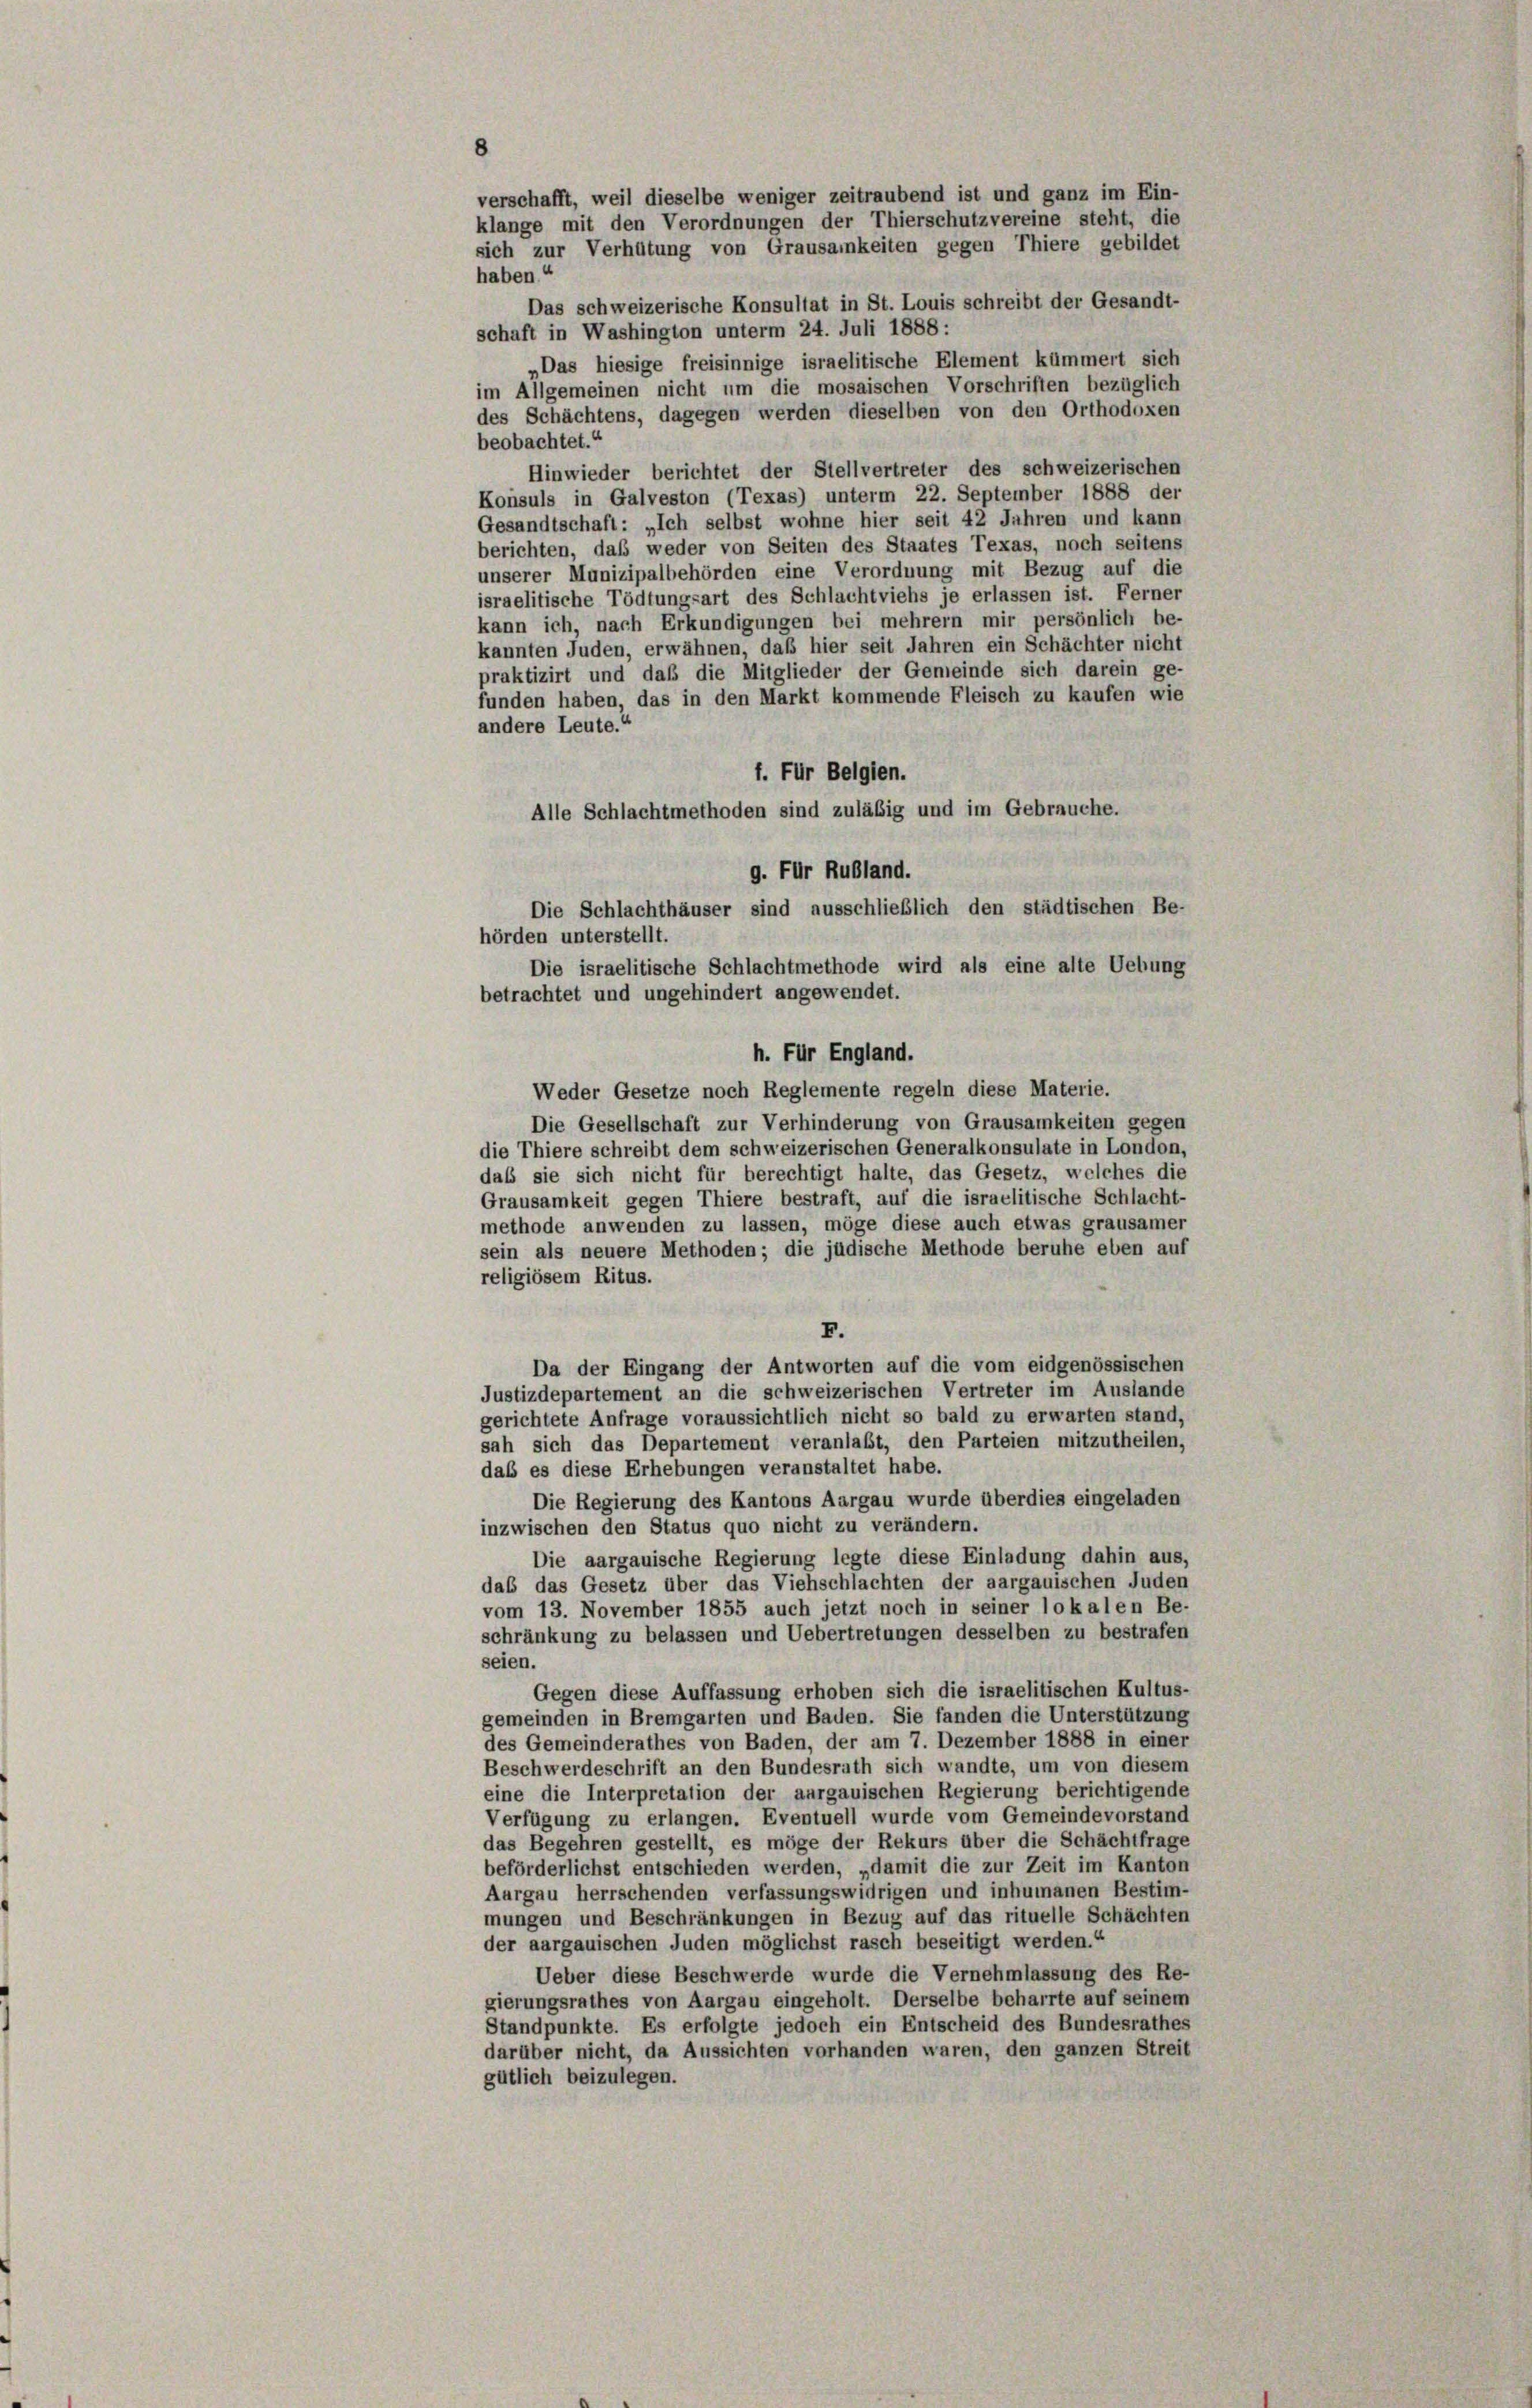
8
haben.“
schaft in Washington unterm 24. Juli 1888 :
„Das hiesige freisinnige israelitische Element kümmert sich
im Allgemeinen nicht um die mosaischen Vorschriften bezüglich
des Schächtens, dagegen werden dieselben von den Orthodoxen
beobachtet.“
Hinwieder berichtet der Stellvertreter des schweizerischen
Konsuls in Galveston (Texas) unterm 22. September 1888 der
Gesandtschaft: „Ich selbst wohne hier seit 42 Jahren und kann
berichten, daß weder von Seiten des Staates Texas, noch seitens
unserer Munizipalbehörden eine Verordnung mit Bezug auf die
israelitische Tödtungsart des Schlachtviehs je erlassen ist. Ferner
kann ich, nach Erkundigungen bei mehrern mir persönlich be-
kannten Juden, erwähnen, daß hier seit Jahren ein Schächter nicht
praktizirt und daß die Mitglieder der Gemeinde sich darein ge-
funden haben, das in den Markt kommende Fleisch zu kaufen wie
andere Leute.“
f. Für Belgien.
Alle Schlachtmethoden sind zuläßig und im Gebrauche.
g. Für Rußland.
Die Schlachthäuser sind ausschließlich den städtischen Be-
hörden unterstellt.
Die israelitische Schlachtmethode wird als eine alte Uebung
betrachtet und ungehindert angewendet.
h. Für England.
Weder Gesetze noch Reglemente regeln diese Materie.
Die Gesellschaft zur Verhinderung von Grausamkeiten gegen
die Thiere schreibt dem schweizerischen Generalkonsulate in London,
daß sie sich nicht für berechtigt halte, das Gesetz, welches die
Grausamkeit gegen Thiere bestraft, auf die israelitische Schlacht-
methode anwenden zu lassen, möge diese auch etwas grausamer
sein als neuere Methoden; die jüdische Methode beruhe eben auf
religiösem Ritus.
F.
Da der Eingang der Antworten auf die vom eidgenössischen
Justizdepartement an die schweizerischen Vertreter im Auslande
gerichtete Anfrage voraussichtlich nicht so bald zu erwarten stand,
sah sich das Departement veranlaßt, den Parteien mitzutheilen,
daß es diese Erhebungen veranstaltet habe.
Die Regierung des Kantons Aargau wurde überdies eingeladen
inzwischen den Status quo nicht zu verändern.
Die aargauische Regierung legte diese Einladung dahin aus,
daß das Gesetz über das Viehschlachten der aargauischen Juden
vom 13. November 1855 auch jetzt noch in seiner lokalen Be-
schränkung zu belassen und Uebertretungen desselben zu bestrafen
seien.
Gegen diese Auffassung erhoben sich die israelitischen Kultus-
gemeinden in Bremgarten und Baden. Sie fanden die Unterstützung
des Gemeinderathes von Baden, der am 7. Dezember 1888 in einer
Beschwerdeschrift an den Bundesrath sich wandte, um von diesem
eine die Interpretation der aargauischen Regierung berichtigende
Verfügung zu erlangen. Eventuell wurde vom Gemeindevorstand
das Begehren gestellt, es möge der Rekurs über die Schachtfrage
beförderlichst entschieden werden, „damit die zur Zeit im Kanton
Aurgau herrschenden verfassungswidrigen und inhumanen Bestim-
mungen und Beschränkungen in Bezug auf das rituelle Schächten
der aargauischen Juden möglichst rasch beseitigt werden.“
Ueber diese Beschwerde wurde die Vernehmlassung des Re-
gierungsrathes von Aargau eingeholt. Derselbe beharrte auf seinem
Standpunkte. Es erfolgte jedoch ein Entscheid des Bundesrathes
darüber nicht, da Aussichten vorhanden waren, den ganzen Streit
gütlich beizulegen.

verschafft, weil dieselbe weniger zeitraubend ist und ganz im Ein-
klange mit den Verordnungen der Thierschutzvereine steht, die
sich zur Verhütung von Grausamkeiten gegen Thiere gebildet
Das schweizerische Konsultat in St. Louis schreibt der Gesandt-